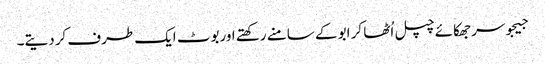
جیجوسر جھکائے چپل اُٹھا کر ابو کے سامنے رکھتے اوربوٹ ایک طرف کردیتے۔